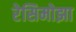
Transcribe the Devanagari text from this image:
रेसिमोझा